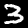
Label: 3